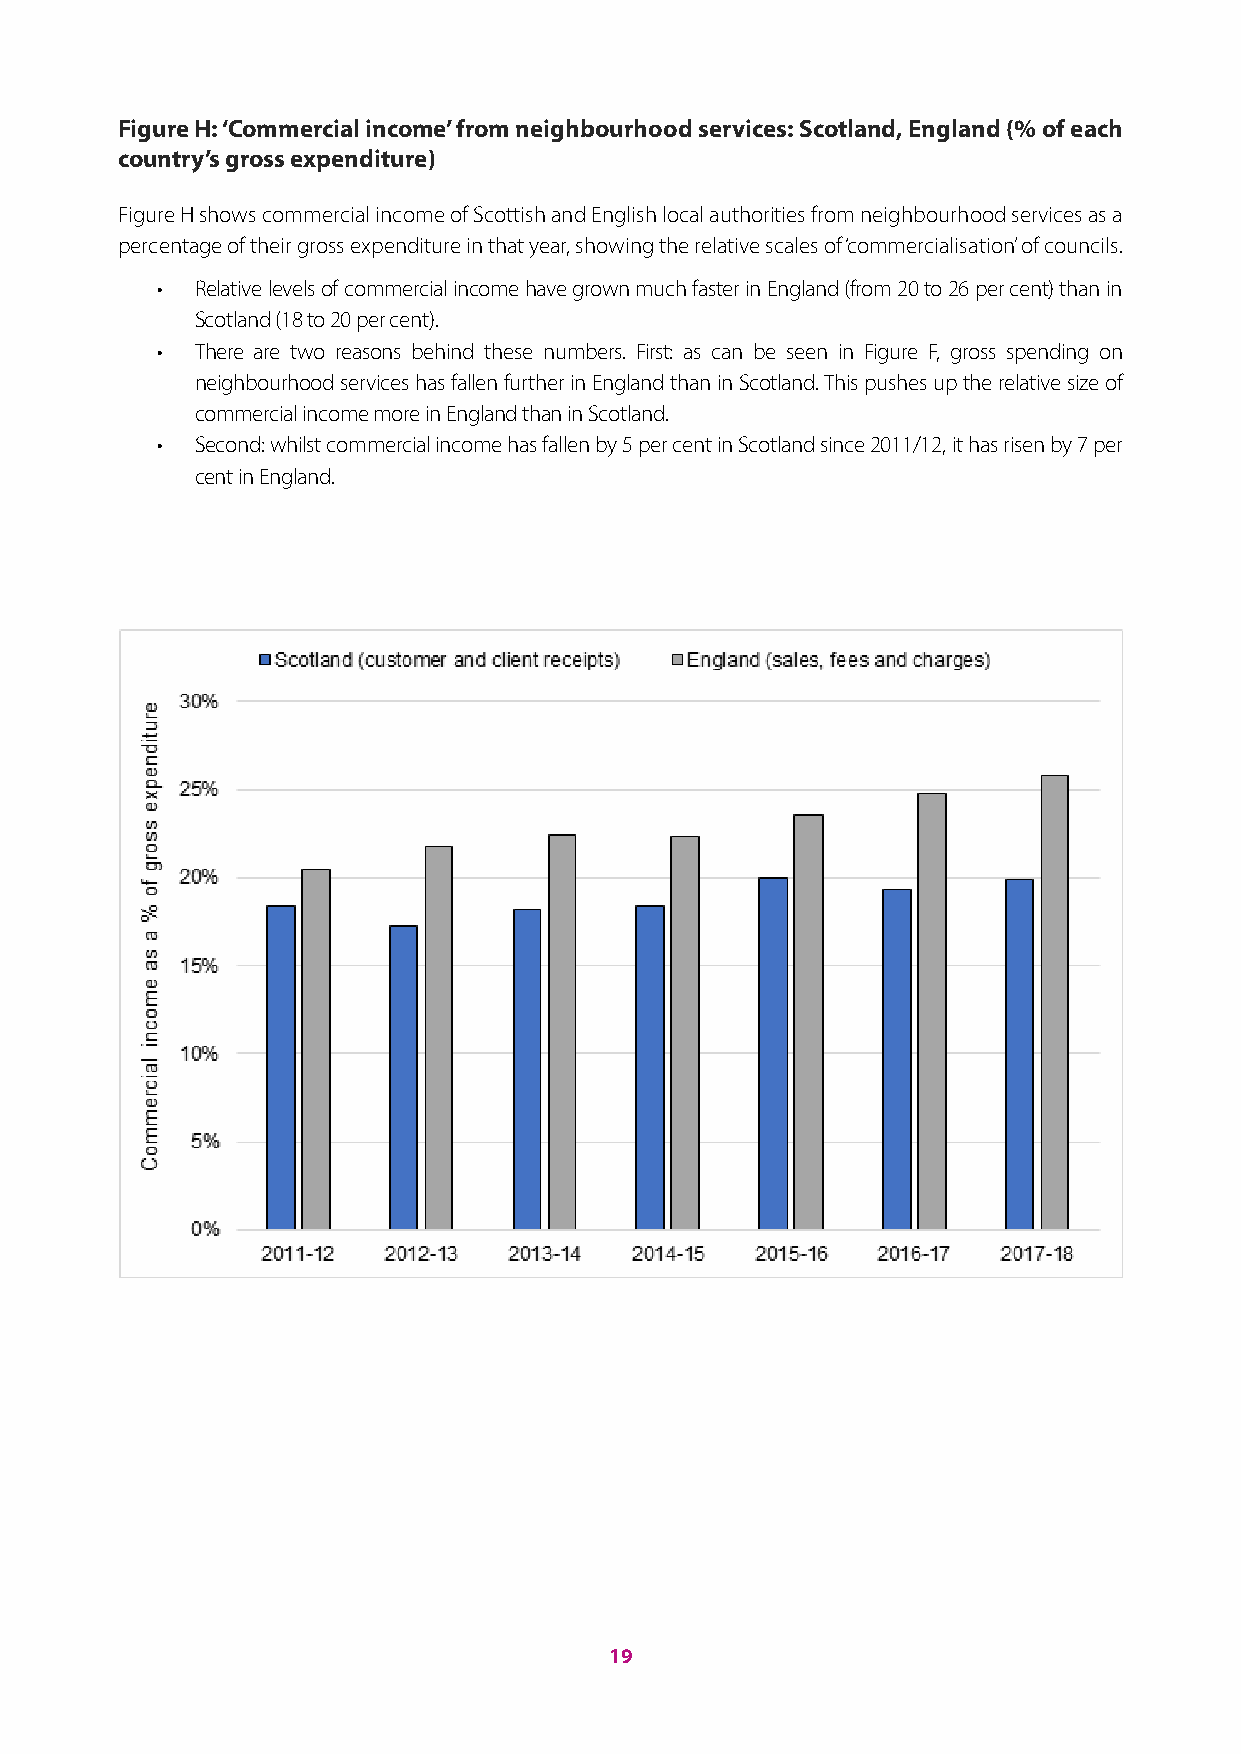
Figure H: ‘Commercial income’ from neighbourhood services: Scotland, England (% of each
 country’s gross expenditure)
 Figure H shows commercial income of Scottish and English local authorities from neighbourhood services as a
 percentage of their gross expenditure in that year, showing the relative scales of ‘commercialisation’ of councils.
 •  Relative levels of commercial income have grown much faster in England (from 20 to 26 per cent) than in
 Scotland (18 to 20 per cent).
 •  There are two reasons behind these numbers. First: as can be seen in Figure F, gross spending on
 neighbourhood services has fallen further in England than in Scotland. This pushes up the relative size of
 commercial income more in England than in Scotland.
 •  Second: whilst commercial income has fallen by 5 per cent in Scotland since 2011/12, it has risen by 7 per
 cent in England.
 19